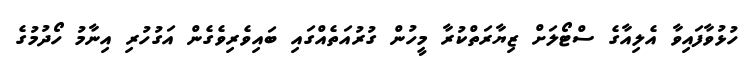
ހުޅުވާފައިވާ އެލިއާގެ ސްޓޯލަށް ޒިޔާރަތްކުރާ މީހުން ގުރުއަތެއްގައި ބައިވެރިވެގެން އަގުހުރި އިނާމު ހޯދުމުގެ